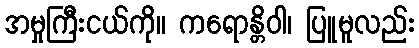
အမှုကြီးငယ်ကို။ ကရောန္တိဝါ၊ ပြူမူလည်း